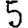
Digit: 5